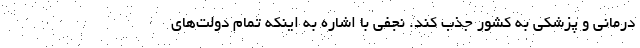
درمانی و پزشکی به کشور جذب کند. نجفی با اشاره به اینکه تمام دولت‌های